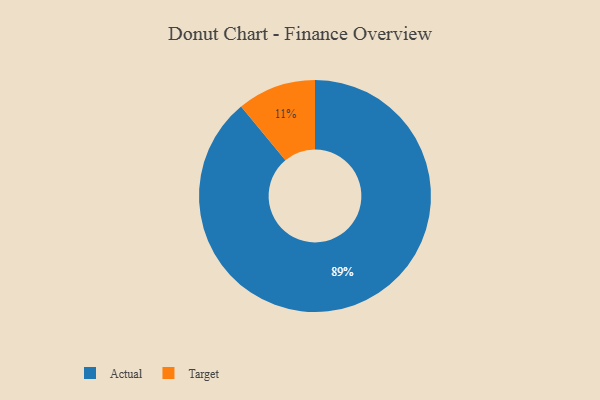
{"axis": {"x": "Category", "y": "Percentage"}, "legend": ["Actual", "Target"], "data": [{"x": "Target", "y": 11, "type": "Target"}, {"x": "Actual", "y": 89, "type": "Actual"}]}